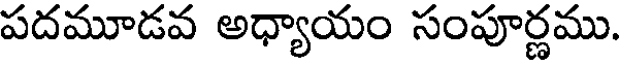
పదమూడవ అధ్యాయం సంపూర్ణము.